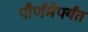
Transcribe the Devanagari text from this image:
पौर्णमेपर्यंत